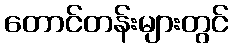
တောင်တန်းများတွင်